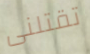
تقتلنى